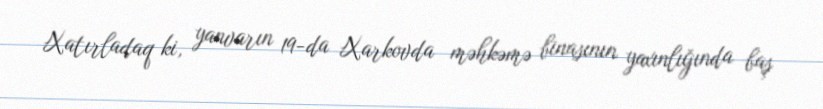
Xatırladaq ki, yanvarın 19-da Xarkovda məhkəmə binasının yaxınlığında baş